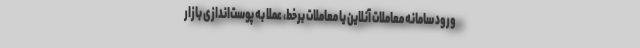
ورود سامانه معاملات آنلاین یا معاملات برخط، عملا به پوست‌اندازی بازار